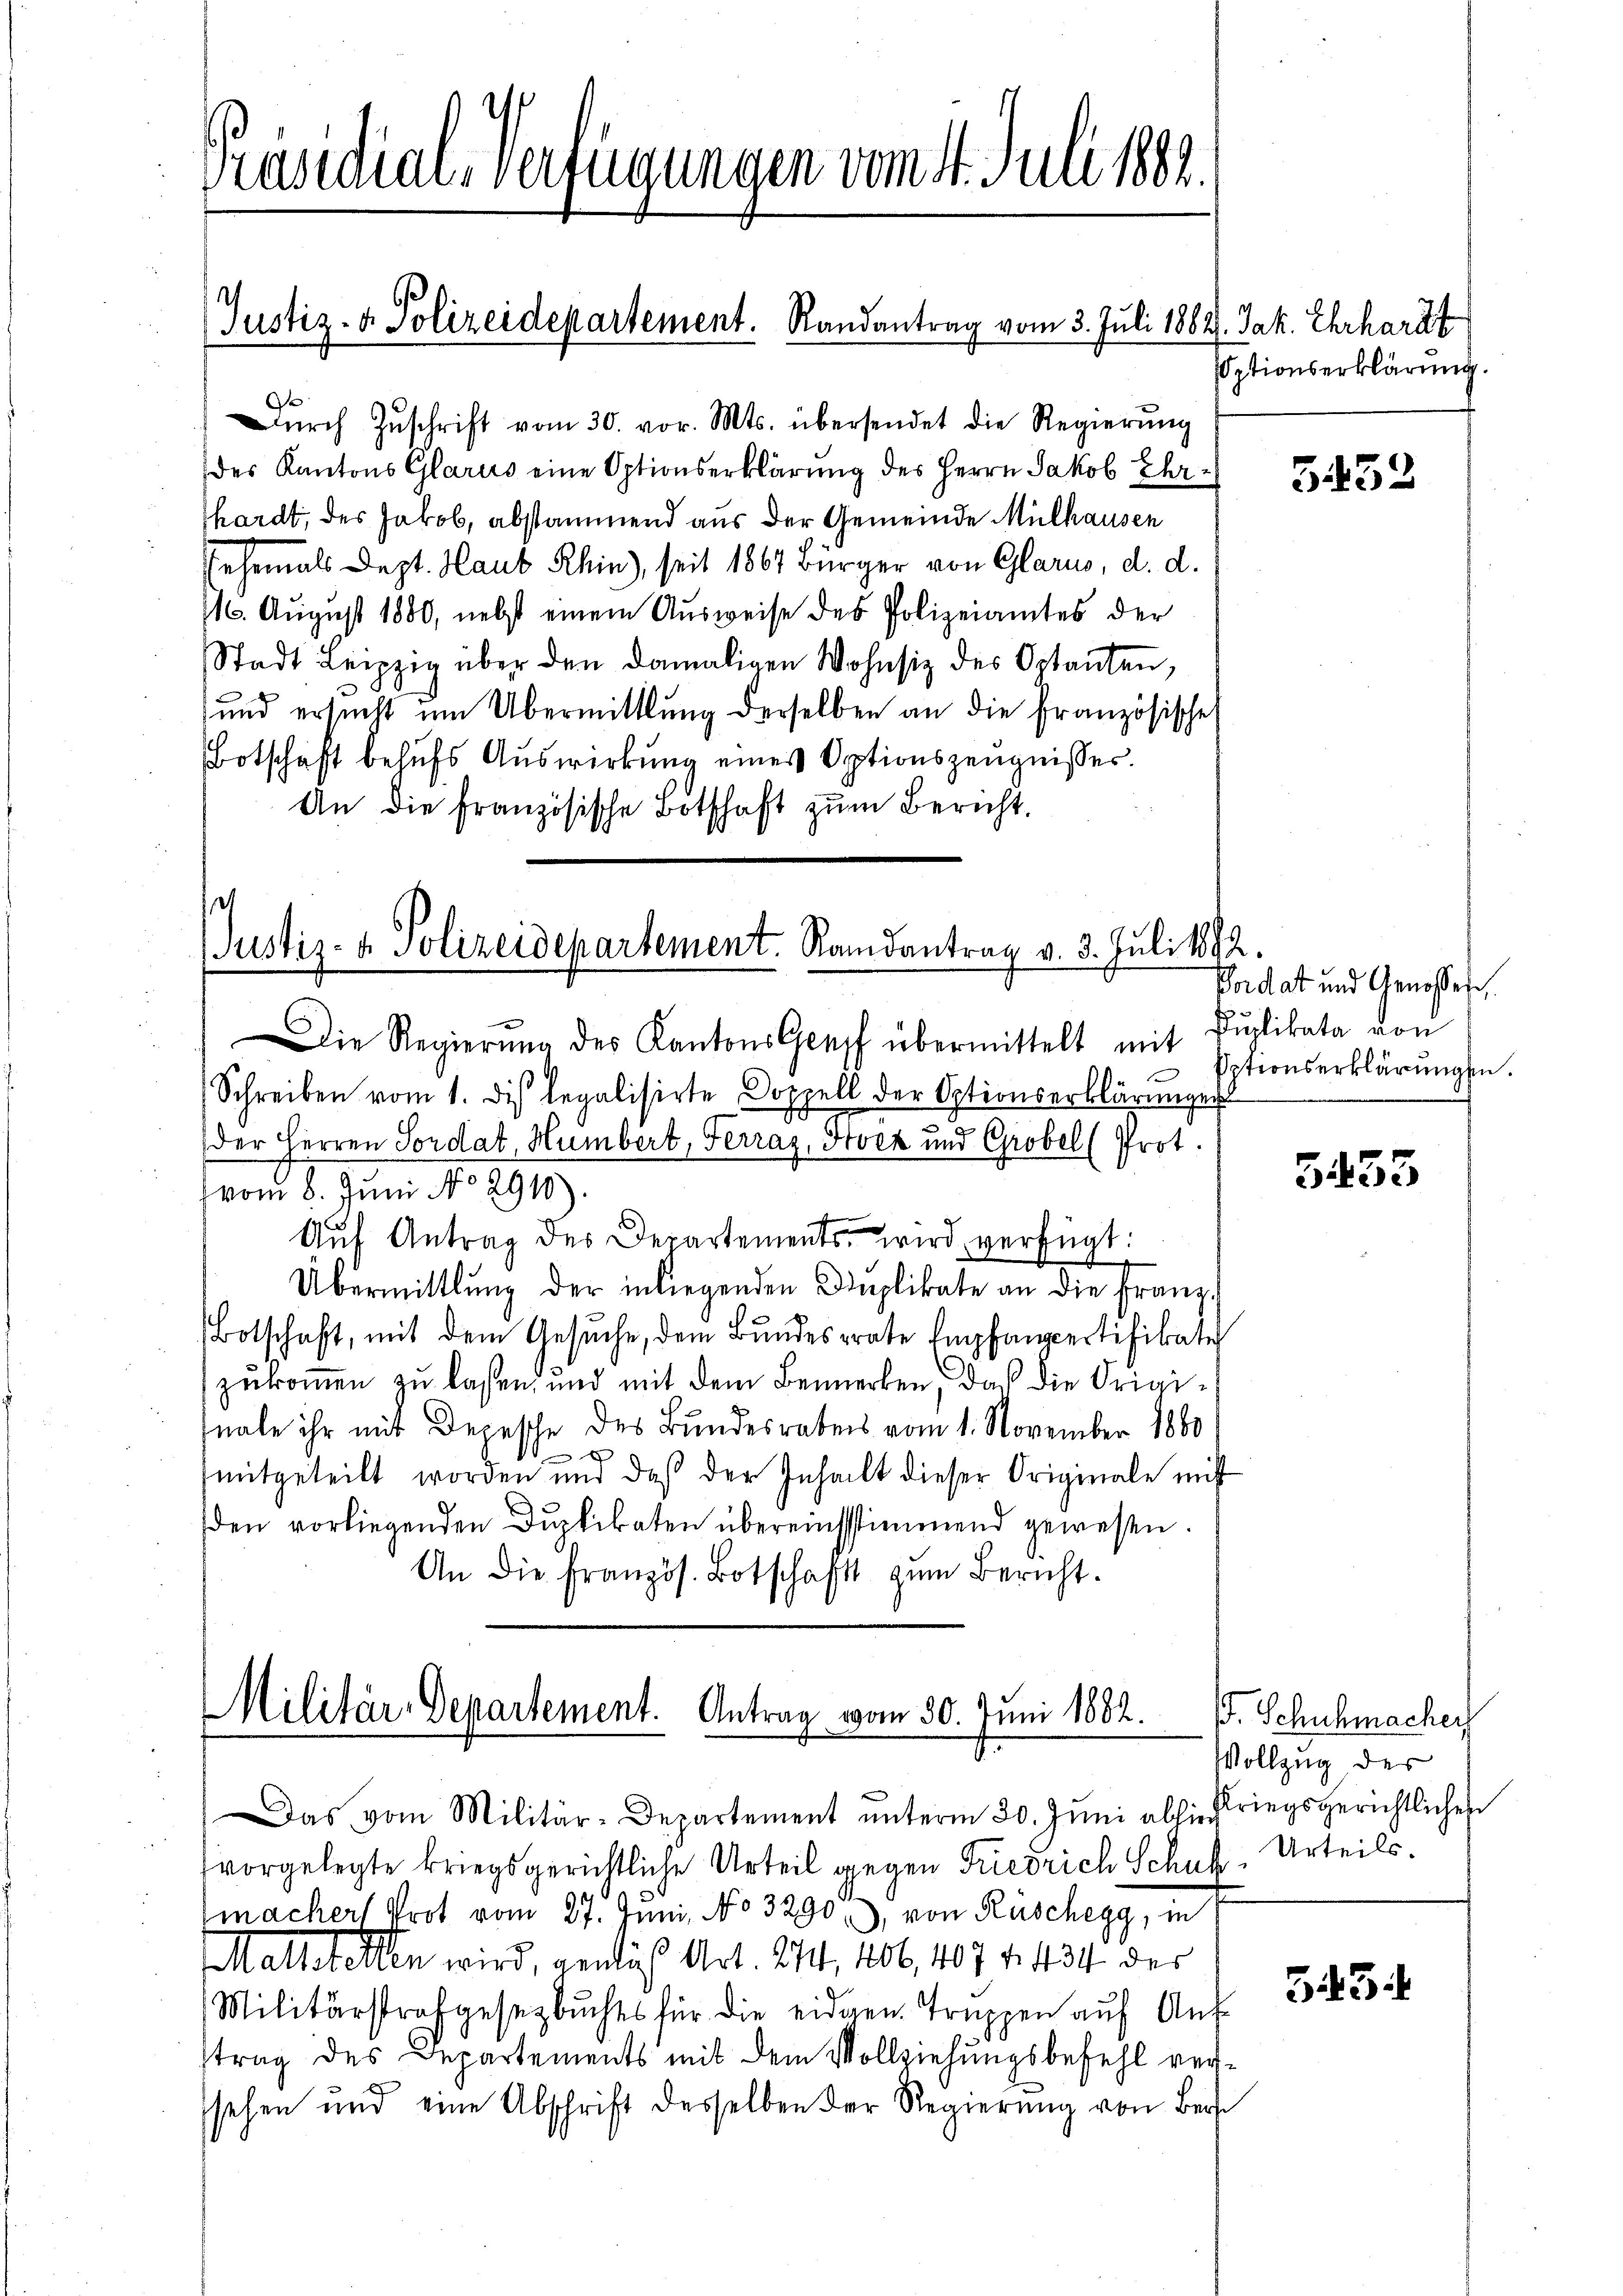
Dŭrch Zŭschrift vom 30. vor. Mts. übersendet die Regierŭng
des Kantons Glarus eine Optionserklärung des Herrn Jakob Ehrthardt, des Jakob, abstammend aus der Gemeinde Mülhausen
ehemals Dept. Haus Rhin), seit 1867 Bürger von Glarus, d. d.
M. August 1880, nebst einem Ausweise des Polizeiamtes der
Stadt Leipzig über den damaligen Wohnsiz des Optanten,
und ersucht um Übermittlung derselben an die Französische
Botschaft behufs Auswirkung eines Optionszeugnisses.
An die französische Botschaft zum Bericht.

Schreiben vom 1. di legalisirte Doppell der Optionserklärungen
(vom 8. Juni No 2910).
e
e
Aŭf Antrag des Departements, wird verfügt:
Übermittlung der in liegenden Implikate an die Franz
Botschaft, mit dem Gesuche, dem Bundesrate Empfamppertifikate
zukommen zu lassen, und mit dem Bemerken, das die Originale ihr mit Depesche des Bundesrabens vom 1. November 1880

mitgeteilt worden und daß der Inhalt dieser Originale mitt
den vorliegenden Duplikaten übereinstimmend gewesen.
An die Französ. Botschaft zum Bericht.

Präsidial-Verfügungen vom 1. Juli 1882.

Justiz- & Polizeidepartement. Randantrag vom 3. Juli 1882. Jak. Ehrhardt

st
Justiz- & Polizeidepartement. Randantrag v. 3. Juli 1872.
Die Regierŭng des Kantons Graff übermittelt mit Duplikata von

der Herren Sordat, Humbert, Ferraz, Stock und Grobel (Prot.

Militär-Departement. Antrag vom 30. Juni 1882.

Das vom Militär-Departement ŭnterm 30. Jŭni abhin riegsgerichtlichen
vorgelegte kriegsgerichtliche Urteil gegen Friedrich Schuh-Urteils.
macher Prot vom 27. Juni, No 3290), von Rüschegg, in
Maltestellen wird, genlis Art. 274, 106, 1074. 434 der
Militärstrafgesetzbuches für die eidgen. Truppen auf Auf-
trag des Departements mit dem Vollziehungsbefehl versehen und eine Abschrift desselben der Regierŭng von Ber

ptionserklärung.

3432

Vordat und Genosses
Eptionserklärungen.

5453

. Schuhmacher
Vollzug der

3